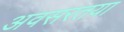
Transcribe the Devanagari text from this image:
अवसरतया